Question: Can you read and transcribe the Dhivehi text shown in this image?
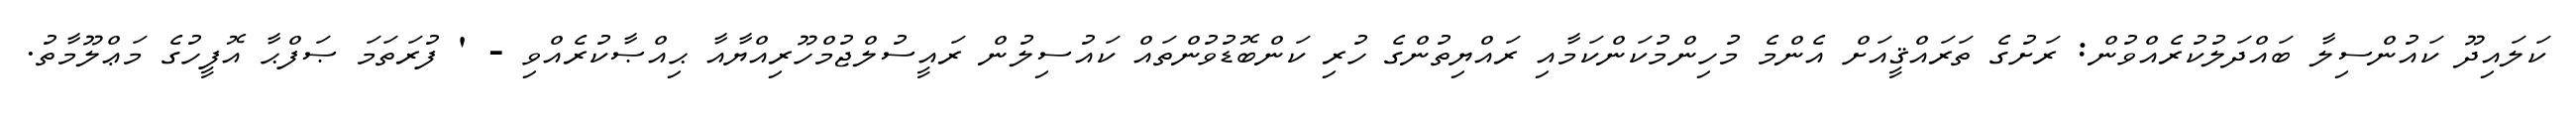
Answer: ކަލައިދޫ ކައުންސިލާ ބައްދަލުކުރެއްވުން: ރަށުގެ ތަރައްޤީއަށް އެންމެ މުހިންމުކަންކަމާއި ރައްޔިތުންގެ ހުރި ކަންބޮޑުވުންތައް ކައުސިލުން ރައީސުލްޖުމްހޫރިއްޔާއާ ޙިއްޞާކުރެއްވި - ' ފުރަތަމަ ޞަފްޙާ އޮފީހުގެ މަޢްލޫމާތު.